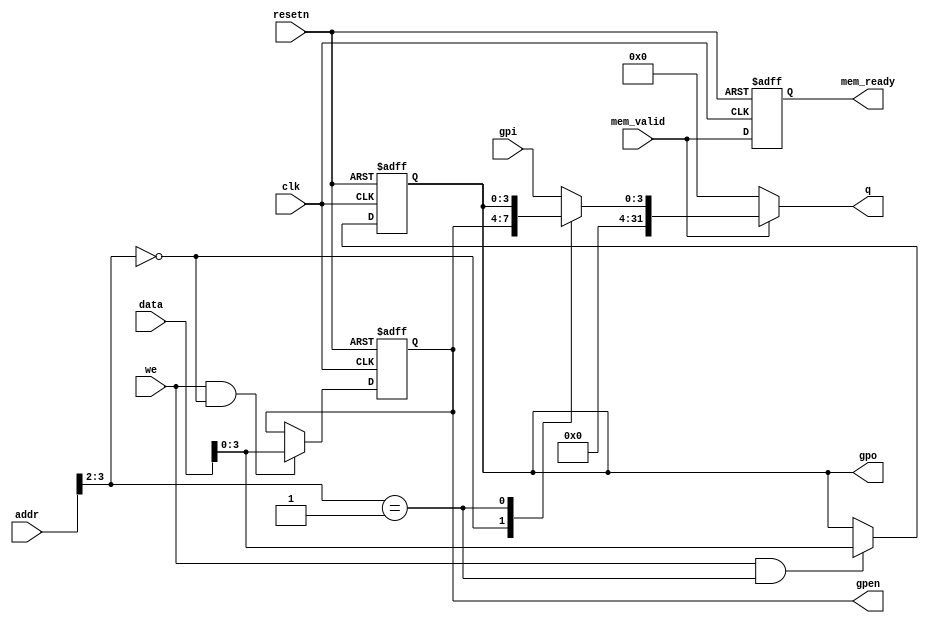
module gpio #(parameter GPIO_WIDTH=4) (
    input                       clk,
    input                       resetn,
    input                       mem_valid,
    output reg                  mem_ready,
    input [31:0]                data,
    input [31:0]                addr,
    input                       we,
    output [31:0]               q,
    input [GPIO_WIDTH-1:0]      gpi,
    output reg [GPIO_WIDTH-1:0] gpen,
    output reg [GPIO_WIDTH-1:0] gpo
);
    reg [31:0]                  internal_q;

    always @(posedge clk or negedge resetn) begin
        if (!resetn) begin
                mem_ready <= 1'b0;
                gpen      <= 'h0;
                gpo       <= 'h0;
        end
        else begin
                mem_ready <= mem_valid;
                if (we & (addr[3:2] == 2'b00)) begin
                    gpen[GPIO_WIDTH-1:0] = data[GPIO_WIDTH-1:0];
                end
                if (we & (addr[3:2] == 2'b01)) begin
                    gpo[GPIO_WIDTH-1:0] = data[GPIO_WIDTH-1:0];
                end
        end
    end

    always @* begin
        case (addr[3:2])
            2'b00: internal_q = gpen;
            2'b01: internal_q = gpo;
            2'b10: internal_q = gpi;
            default: internal_q = gpi;
        endcase
    end

    assign q = mem_valid ? internal_q : 32'h0;
endmodule